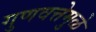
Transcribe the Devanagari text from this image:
गुणवत्तेमुळे